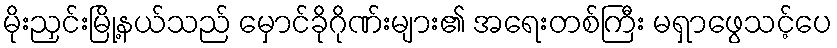
မိုးညှင်းမြို့နယ်သည် မှောင်ခိုဂိုဏ်းများ၏ အရေးတစ်ကြီး မရှာဖွေသင့်ပေ